Civil Veterinary Dept. Bombay admin report 1900-1906 - 1900-1906
Year: 1900
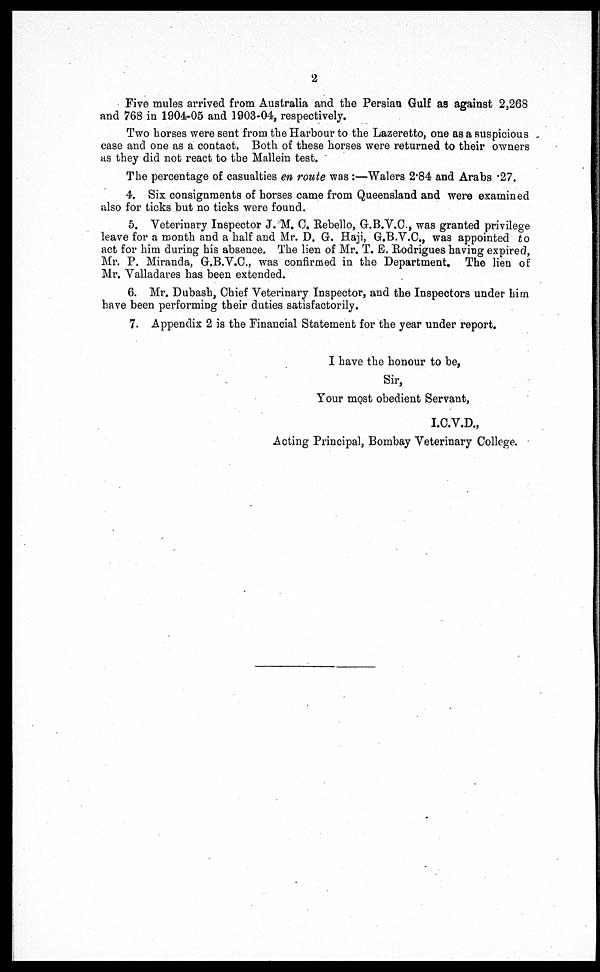
2
Five mules arrived from Australia and the Persian Gulf as against 2,268
and 768 in 1904-05 and 1903-04, respectively.
Two horses were sent from the Harbour to the Lazeretto, one as a suspicious
case and one as a contact. Both of these horses were returned to their owners
as they did not react to the Mallein test.
The percentage of casualties en route was :—Walers 2.84 and Arabs .27.
4. Six consignments of horses came from Queensland and were examined
also for ticks but no ticks were found.
5. Veterinary Inspector J. M. C. Rebello, G.B.V.C., was granted privilege
leave for a month and a half and Mr. D. G. Haji, G.B.V.C., was appointed to
act for him during his absence. The lien of Mr. T. E. Rodrigues having expired,
Mr. P. Miranda, G.B.V.C, was confirmed in the Department. The lien of
Mr. Valladares has been extended.
6. Mr. Dubash, Chief Veterinary Inspector, and the Inspectors under him
have been performing their duties satisfactorily.
7. Appendix 2 is the Financial Statement for the year under report.
I have the honour to be,
Sir,
Your most obedient Servant,
I.C.V.D.,
Acting Principal, Bombay Veterinary College.